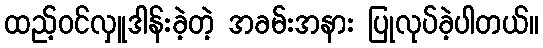
ထည့်ဝင်လှူဒါန်းခဲ့တဲ့ အခမ်းအနား ပြုလုပ်ခဲ့ပါတယ်။